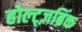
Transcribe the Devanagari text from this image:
होल्ट्ज़ब्रिंक